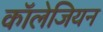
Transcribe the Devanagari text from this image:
कॉलेजियन